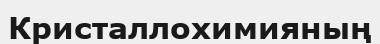
Кристаллохимияның